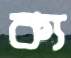
ক্য